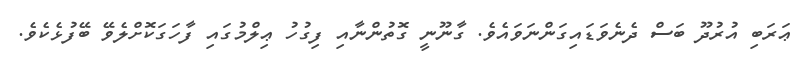
ޢަރަބި އުރުދޫ ބަސް ދެނެވަޑައިގަންނަވައެވެ. ގާނޫނީ ގޮތުންނާއި ފިގުހު ޢިލްމުގައި ފާހަގަކޮށްލެވޭ ބޭފުޅެކެވެ.